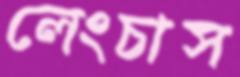
লেংচাস